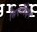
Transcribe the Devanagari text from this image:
सिएजेंहेइम